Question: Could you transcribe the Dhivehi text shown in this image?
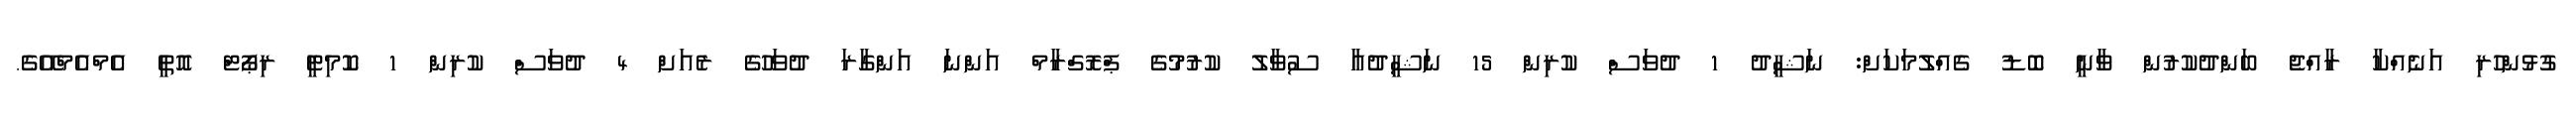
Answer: ގުޅުންހުރި އަނެއްކާ ރާއްޖެ ބަންދުކުރުން ވާނީ ބޮޑު ގެއްލުމަކަށް: ނަޝީދު 1 ދުވަސް ކުރިން 15 ނަޝީދުއާ ސުވާލު ކުރުމުގެ ޕްރޮގްރާމް އަންނަ އަންގާރަ ދުވަހުގެ ރެއަށް 4 ދުވަސް ކުރިން 1 ކޮމިޓީ ރިޕޯޓް އޮތީ އެމްއެމްއޭގެ.